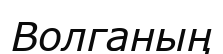
Волганың